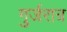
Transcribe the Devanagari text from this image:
गुर्जरात्र